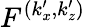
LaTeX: F^{(k_{x}^{\prime},k_{z}^{\prime})}